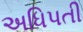
અધિપતી